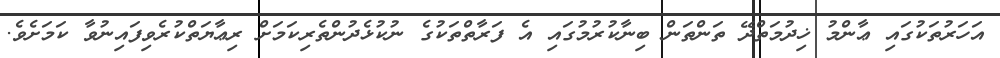
އަހަރުތަކުގައި ޢާންމު ޚިދުމަތްދޭ ތަންތަން ބިނާކުރުމުގައި އެ ފަރާތްތަކުގެ ނުކުޅެދުންތެރިކަމަށް ރިޢާޔަތްކުރެވިފައިނުވާ ކަމަށެވެ.